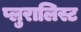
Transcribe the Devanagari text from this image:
प्लुरालिस्ट